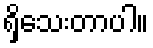
ရှိသေးတာပါ။